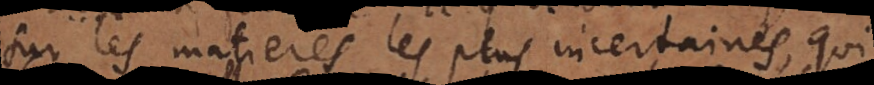
sur les matieres les plus incertaines, qui